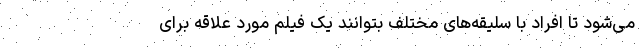
می‌شود تا افراد با سلیقه‌های مختلف بتوانند یک فیلم مورد علاقه برای